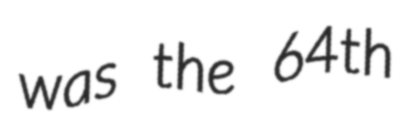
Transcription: was the 64th